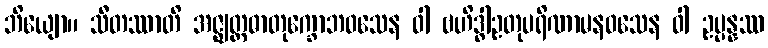
ဘိယျော။ သီတဿာတိ အဇ္ဈတ္တဓာတုက္ခောဘဝသေန ဝါ ဗဟိဒ္ဓါဥတုပရိဏာမနဝသေန ဝါ ဥပ္ပန္နဿ